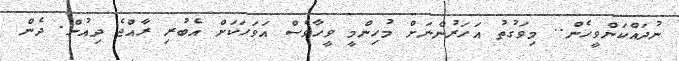
ނުދައްކަންވީހެން.. މިވަގުތު އަހަރުންނަށް މުހިންމީ ވީހާވެސް އަވަހަކަށް އެބުރި ރާއްޖެ ދިއުން. ދެން